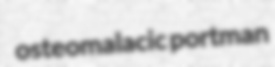
osteomalacic portman